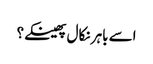
اسے باہر نکال پھینکے؟